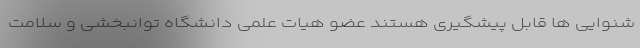
شنوایی ها قابل پیشگیری هستند عضو هیات علمی دانشگاه توانبخشی و سلامت